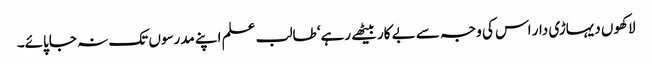
لاکھوں دیہاڑی دار اس کی وجہ سے بے کار بیٹھے رہے‘ طالب علم اپنے مدرسوں تک نہ جاپائے۔